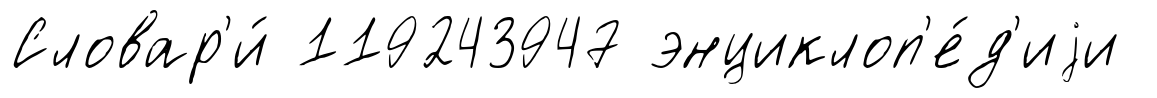
Словар'и́ 119243947 энциклоп'е́д'иjи